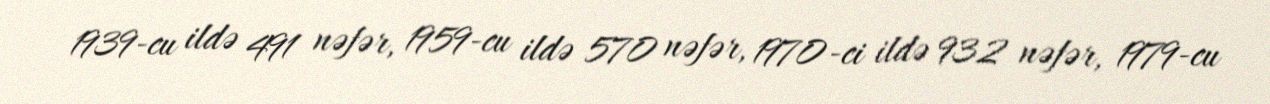
1939-cu ildə 491 nəfər, 1959-cu ildə 570 nəfər, 1970-ci ildə 932 nəfər, 1979-cu